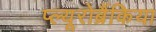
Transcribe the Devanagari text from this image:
प्ल्यूरोब्रैंकिया